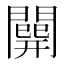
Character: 𨶘